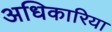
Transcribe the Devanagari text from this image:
अधिकारिया